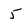
Character: 5